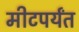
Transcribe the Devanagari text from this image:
मीटपर्यंत